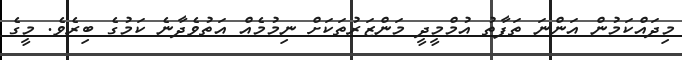
މިދައްކަމުން އަންނަ ތަފާތު އުމްމީދީ މަންޒަރުތަކަށް ނިމުމެއް އަތުވެދާނެ ކަމުގެ ބިރެވެ. މީގެ